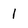
Character: I